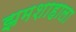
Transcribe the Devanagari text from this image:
झमशाहाला